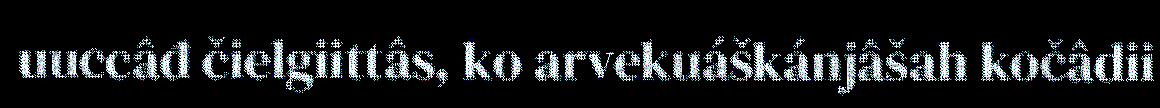
uuccâđ čielgiittâs, ko arvekuáškánjâšah kočâdii